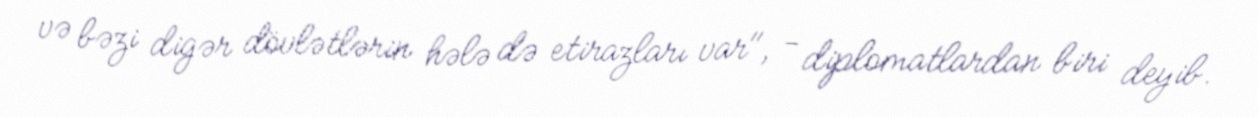
və bəzi digər dövlətlərin hələ də etirazları var", - diplomatlardan biri deyib.